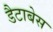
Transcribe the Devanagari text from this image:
डैटाबेस